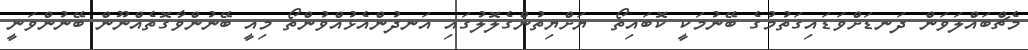
މެޗްބައްލަވަން ދަނޑަށްވަޑައިގަތުމުގެ ބޭނުމަކީ ކޮބައިތޯ  ޔަށްޔިތުންގެލޮލުގައި އަނދުންއެޅުއްވުންތޯ މިއީ ބޭނުންވާގޮތެއްނޫން ބޭނުންވަނީ